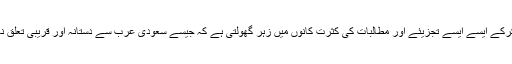
احسانات و نوازشات کی بہتات اور تسلسل کو فراموش کرکے ایسے ایسے تجزیئے اور مطالبات کی کثرت کانوں میں زہر گھولتی ہے کہ جیسے سعودی عرب سے دستانہ اور قریبی تعلق نہ ہو، غلامی کی زنجیر ہو جو گلے کا بوجھ بن چکی ہو۔